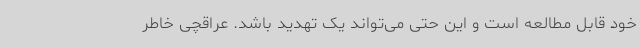
خود قابل مطالعه است و این حتی می‌تواند یک تهدید باشد. عراقچی خاطر